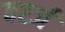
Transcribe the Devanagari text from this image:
वर्श्ज